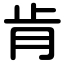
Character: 肯